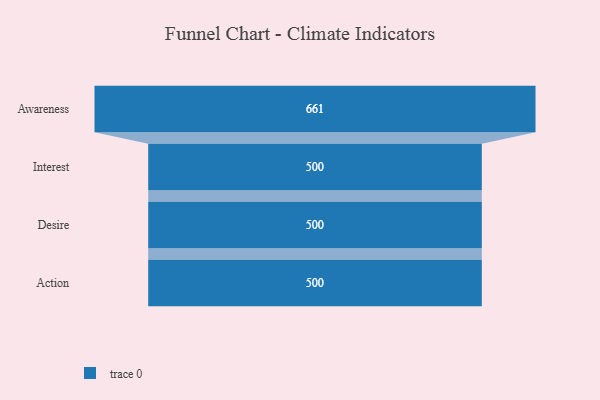
{"axis": {"x": "Stage", "y": "Value"}, "legend": [""], "data": [{"x": "Awareness", "y": 661.0, "type": ""}, {"x": "Interest", "y": 500, "type": ""}, {"x": "Desire", "y": 500, "type": ""}, {"x": "Action", "y": 500, "type": ""}]}